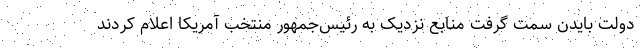
دولت بایدن سمت گرفت منابع نزدیک به رئیس‌جمهور منتخب آمریکا اعلام کردند